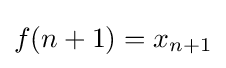
f(n+1)=x_{n+1}